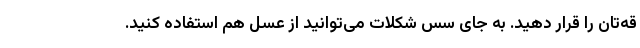
قه‌تان را قرار دهید. به جای سس شکلات می‌توانید از عسل هم استفاده کنید.